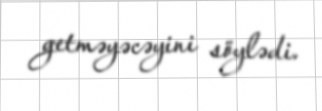
getməyəcəyini söylədi.